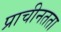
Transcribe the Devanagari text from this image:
प्राचीनतता